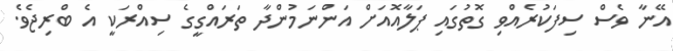
އޭނާ ވެސް ސިފަކުރެއްވި ގޮތުގައި ޕަލާއޮއަށް އަންނަމުންދާ ތަރައްގީގެ ސިއްރަކީ އެ ބްރިޖެވެ.